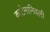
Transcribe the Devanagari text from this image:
काटेमानिवली